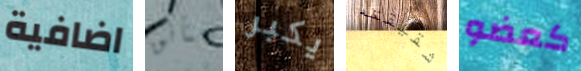
اضافية متأنق يكبر شقيقته كعضو